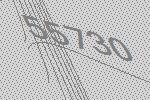
55730